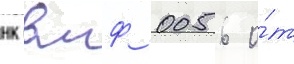
нк вмф 0056 о́т